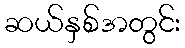
ဆယ်နှစ်အတွင်း